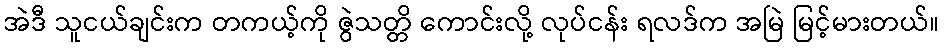
အဲဒီ သူငယ်ချင်းက တကယ့်ကို ဇွဲသတ္တိ ကောင်းလို့ လုပ်ငန်း ရလဒ်က အမြဲ မြင့်မားတယ်။